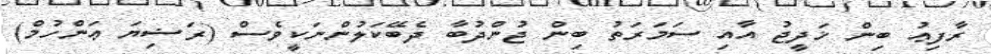
ރާފިޢު ބިން ޚަދީޖު އާއި ސަމަރަތު ބިން ޖުންދުބާ ދެބޭކަލުންނަކީވެސް (ރަޟިޔަ ޢަންހުމް)